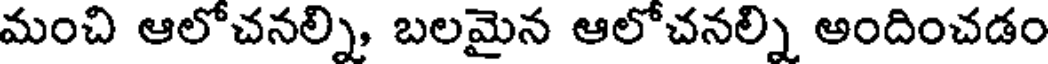
మంచి ఆలోచనల్ని, బలమైన ఆలోచనల్ని అందించడం